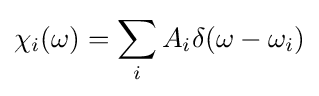
\chi _{i}(\omega )=\sum _{i}A_{i}\delta (\omega -\omega _{i})